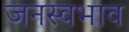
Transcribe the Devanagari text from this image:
जनस्वभाव